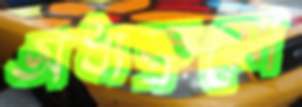
অধ্যক্ষ্রমো